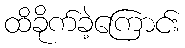
ထိခိုက်ခဲ့ကြောင်း